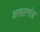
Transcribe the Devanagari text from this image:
असात्मंत्र